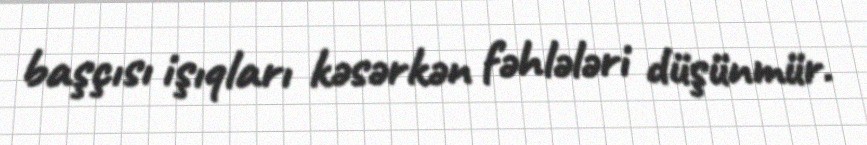
başçısı işıqları kəsərkən fəhlələri düşünmür.